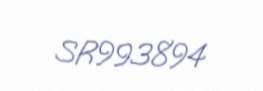
SR993894